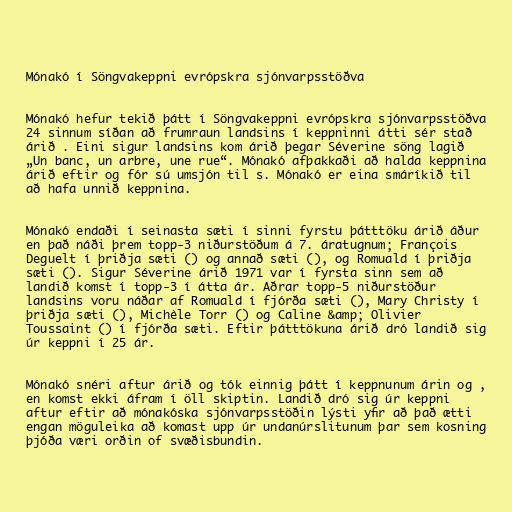
Mónakó í Söngvakeppni evrópskra sjónvarpsstöðva

Mónakó hefur tekið þátt í Söngvakeppni evrópskra sjónvarpsstöðva
24 sinnum síðan að frumraun landsins í keppninni átti sér stað
árið . Eini sigur landsins kom árið þegar Séverine söng lagið
„Un banc, un arbre, une rue“. Mónakó afþakkaði að halda keppnina
árið eftir og fór sú umsjón til s. Mónakó er eina smáríkið til
að hafa unnið keppnina.

Mónakó endaði í seinasta sæti í sinni fyrstu þátttöku árið áður
en það náði þrem topp-3 niðurstöðum á 7. áratugnum; François
Deguelt í þriðja sæti () og annað sæti (), og Romuald í þriðja
sæti (). Sigur Séverine árið 1971 var í fyrsta sinn sem að
landið komst í topp-3 í átta ár. Aðrar topp-5 niðurstöður
landsins voru náðar af Romuald í fjórða sæti (), Mary Christy í
þriðja sæti (), Michèle Torr () og Caline &amp; Olivier
Toussaint () í fjórða sæti. Eftir þátttökuna árið dró landið sig
úr keppni í 25 ár.

Mónakó snéri aftur árið og tók einnig þátt í keppnunum árin og ,
en komst ekki áfram í öll skiptin. Landið dró sig úr keppni
aftur eftir að mónakóska sjónvarpsstöðin lýsti yfir að það ætti
engan möguleika að komast upp úr undanúrslitunum þar sem kosning
þjóða væri orðin of svæðisbundin.